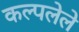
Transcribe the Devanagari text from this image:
कल्पलेले